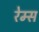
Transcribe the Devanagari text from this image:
रेम्स